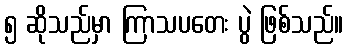
၅ ဆိုသည်မှာ ကြာသပတေး ပွဲ ဖြစ်သည်။